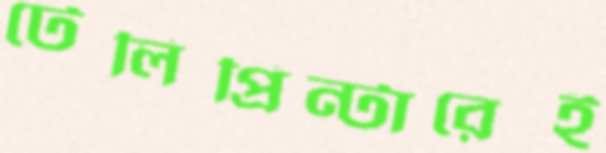
টেলিপ্রিন্টারেই